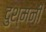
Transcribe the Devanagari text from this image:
दुश्‍मनी